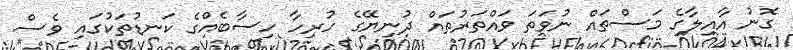
ގޮނު އާއިލާގެ މަސްތައް ނުވަތަ ވައްތަރުތައް ދުނިޔޭގެ ހުރިހާ ހިސާބެއްގެ ކަނޑުތަކުގައި ވެސް